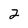
Character: 2